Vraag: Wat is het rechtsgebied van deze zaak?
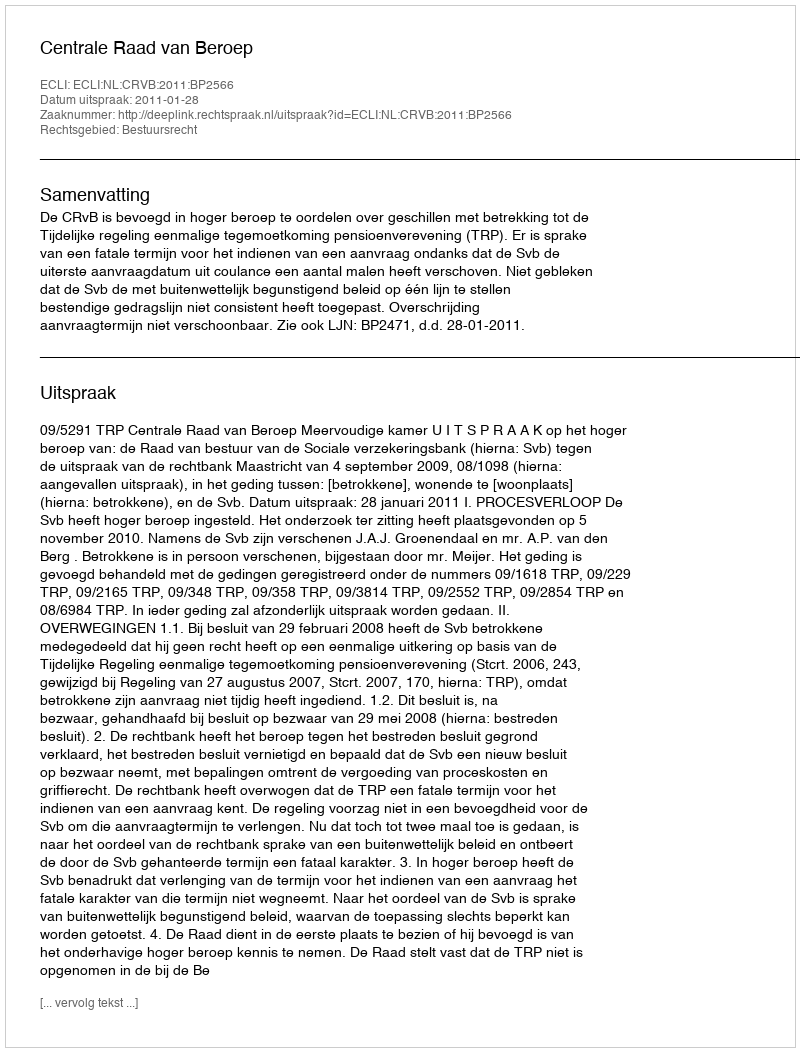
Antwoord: Bestuursrecht